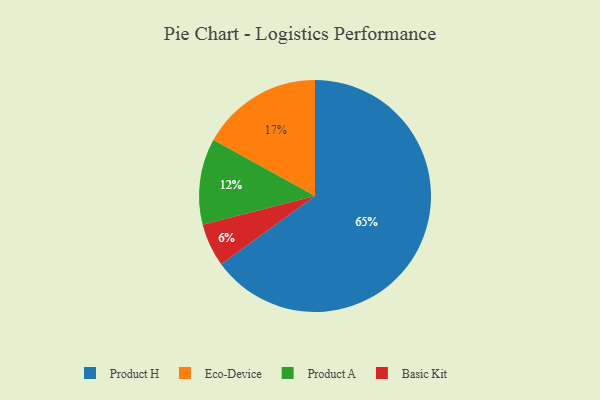
{"axis": {"x": "Category", "y": "Percentage"}, "legend": ["Basic Kit", "Eco-Device", "Product A", "Product H"], "data": [{"x": "Eco-Device", "y": 17, "type": "Eco-Device"}, {"x": "Basic Kit", "y": 6, "type": "Basic Kit"}, {"x": "Product H", "y": 65, "type": "Product H"}, {"x": "Product A", "y": 12, "type": "Product A"}]}